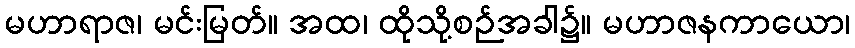
မဟာရာဇ၊ မင်းမြတ်။ အထ၊ ထိုသို့စဉ်အခါ၌။ မဟာဇနကာယော၊